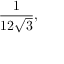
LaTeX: { \frac { 1 } { 1 2 { \sqrt { 3 } } } } ,